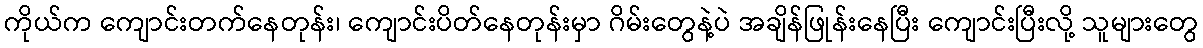
ကိုယ်က ကျောင်းတက်နေတုန်း၊ ကျောင်းပိတ်နေတုန်းမှာ ဂိမ်းတွေနဲ့ပဲ အချိန်ဖြုန်းနေပြီး ကျောင်းပြီးလို့ သူများတွေ